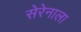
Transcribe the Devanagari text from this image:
सेरेनाला